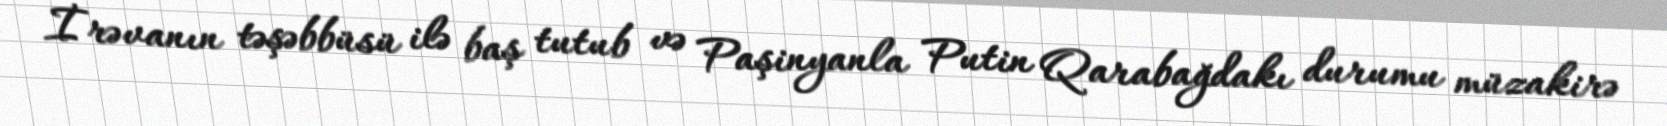
İrəvanın təşəbbüsü ilə baş tutub və Paşinyanla Putin Qarabağdakı durumu müzakirə